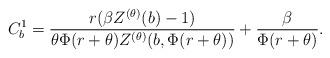
LaTeX: \begin{align*}C^1_b = \dfrac{r ( \beta Z^{(\theta)}(b) -1)}{\theta \Phi(r+\theta) Z^{(\theta)}(b,\Phi(r+\theta))} + \dfrac{\beta}{\Phi(r+\theta)}.\end{align*}